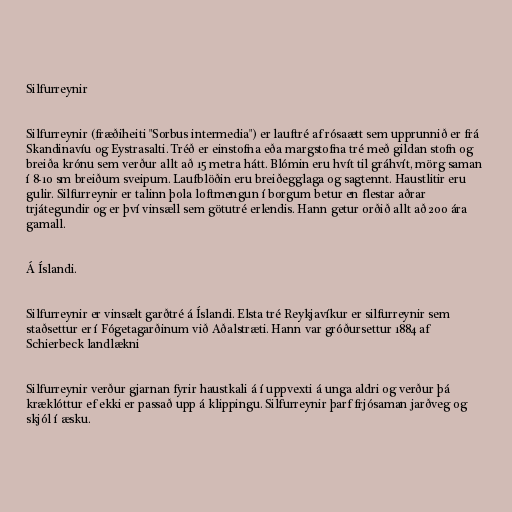
Silfurreynir

Silfurreynir (fræðiheiti "Sorbus intermedia") er lauftré af rósaætt sem upprunnið er frá
Skandinavíu og Eystrasalti. Tréð er einstofna eða margstofna tré með gildan stofn og
breiða krónu sem verður allt að 15 metra hátt. Blómin eru hvít til gráhvít, mörg saman
í 8-10 sm breiðum sveipum. Laufblöðin eru breiðegglaga og sagtennt. Haustlitir eru
gulir. Silfurreynir er talinn þola loftmengun í borgum betur en flestar aðrar
trjátegundir og er því vinsæll sem götutré erlendis. Hann getur orðið allt að 200 ára
gamall.

Á Íslandi.

Silfurreynir er vinsælt garðtré á Íslandi. Elsta tré Reykjavíkur er silfurreynir sem
staðsettur er í Fógetagarðinum við Aðalstræti. Hann var gróðursettur 1884 af
Schierbeck landlækni

Silfurreynir verður gjarnan fyrir haustkali á í uppvexti á unga aldri og verður þá
kræklóttur ef ekki er passað upp á klippingu. Silfurreynir þarf frjósaman jarðveg og
skjól í æsku.